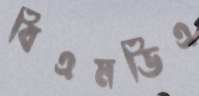
বিএমডিএ